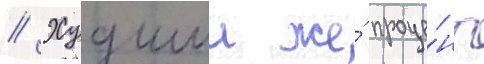
// Худшии же́ проце́нт